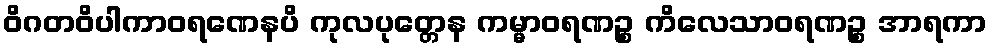
ဝိဂတဝိပါကာဝရဏေနပိ ကုလပုတ္တေန ကမ္မာဝရဏဉ္စ ကိလေသာဝရဏဉ္စ အာရကာ